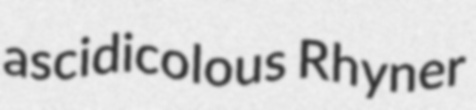
ascidicolous Rhyner